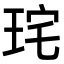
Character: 𭹋